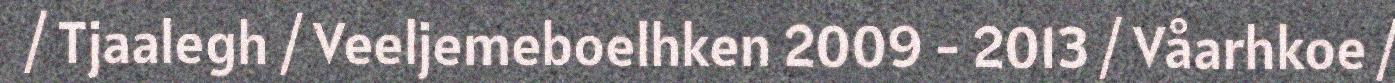
/ Tjaalegh / Veeljemeboelhken 2009 - 2013 / Våarhkoe /